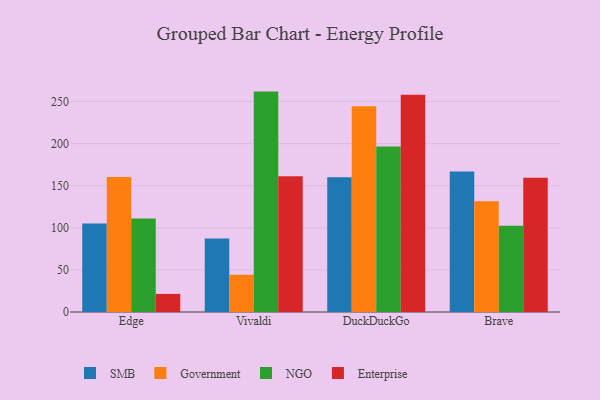
{"axis": {"x": "Browser", "y": "LTV (USD)"}, "legend": ["Enterprise", "Government", "NGO", "SMB"], "data": [{"x": "Edge", "y": 105.3, "type": "SMB"}, {"x": "Edge", "y": 160.5, "type": "Government"}, {"x": "Edge", "y": 111.2, "type": "NGO"}, {"x": "Edge", "y": 21.5, "type": "Enterprise"}, {"x": "Vivaldi", "y": 87.2, "type": "SMB"}, {"x": "Vivaldi", "y": 44.4, "type": "Government"}, {"x": "Vivaldi", "y": 261.9, "type": "NGO"}, {"x": "Vivaldi", "y": 161.3, "type": "Enterprise"}, {"x": "DuckDuckGo", "y": 160.2, "type": "SMB"}, {"x": "DuckDuckGo", "y": 244.5, "type": "Government"}, {"x": "DuckDuckGo", "y": 196.7, "type": "NGO"}, {"x": "DuckDuckGo", "y": 258.3, "type": "Enterprise"}, {"x": "Brave", "y": 166.9, "type": "SMB"}, {"x": "Brave", "y": 131.6, "type": "Government"}, {"x": "Brave", "y": 102.4, "type": "NGO"}, {"x": "Brave", "y": 159.4, "type": "Enterprise"}]}